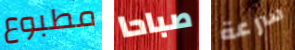
مطبوع صباحا سرعة